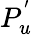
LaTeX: P_{u}^{'}